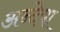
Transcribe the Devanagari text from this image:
अन्देषा